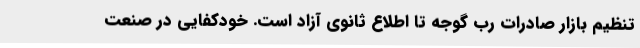
تنظیم بازار صادرات رب گوجه تا اطلاع ثانوی آزاد است. خودکفایی در صنعت